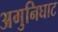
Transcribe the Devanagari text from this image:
अगुनिघाट